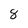
Character: 8